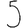
Digit: 5